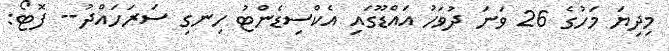
މިދިޔަ މަހުގެ 26 ވަނަ ދުވަހު އައްޑޫގައި އެކްސިޑެންޓު ހިނގި ސަރަހައްދު-- ފޮޓޯ: